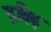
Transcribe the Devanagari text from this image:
द्रविढ़